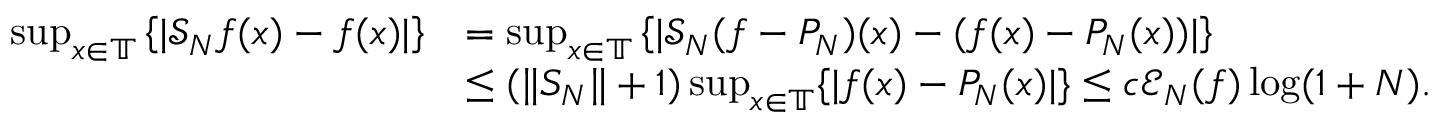
\begin{array} { r l } { \operatorname* { s u p } _ { x \in \mathbb { T } } \left\{ \vert \mathcal { S } _ { N } f ( x ) - f ( x ) \vert \right\} } & { = \operatorname* { s u p } _ { x \in \mathbb { T } } \left\{ \vert \mathcal { S } _ { N } ( f - P _ { N } ) ( x ) - ( f ( x ) - P _ { N } ( x ) ) \vert \right\} } \\ & { \leq ( \| S _ { N } \| + 1 ) \operatorname* { s u p } _ { x \in \mathbb { T } } \{ | f ( x ) - P _ { N } ( x ) | \} \leq c \mathcal { E } _ { N } ( f ) \log ( 1 + N ) . } \end{array}